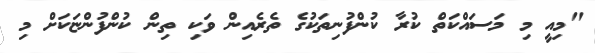
"މިއީ މި މަސައްކަތް ކުރާ ކުންފުނިތަކުގެ ތެރެއިން ވަކި ތިން ކުންފުންޏަކަށް މި